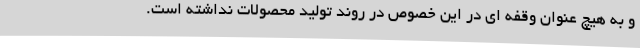
و به هیچ عنوان وقفه ای در این خصوص در روند تولید محصولات نداشته است.